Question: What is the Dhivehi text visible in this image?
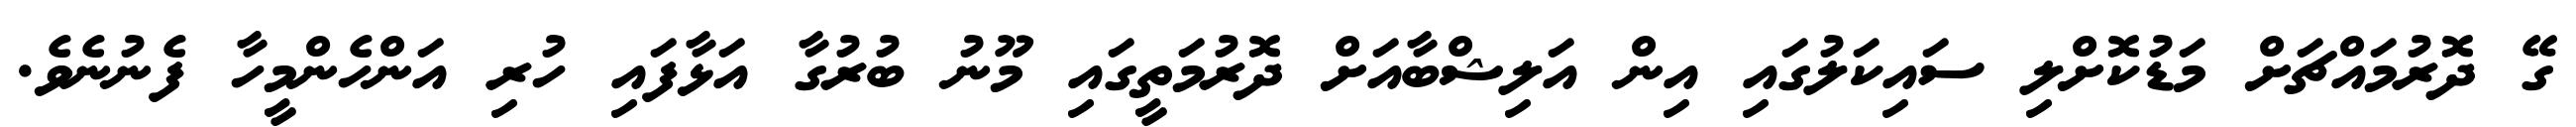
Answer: ގޭ ދޮރުމައްޗަށް މަޑުކޮށްލި ސައިކަލުގައި އިން އަލިޝްބާއަށް ދޮރުމަތީގައި މޫނު ބުރުގާ އަޅާފައި ހުރި އަންހެންމީހާ ފެނުނެވެ.